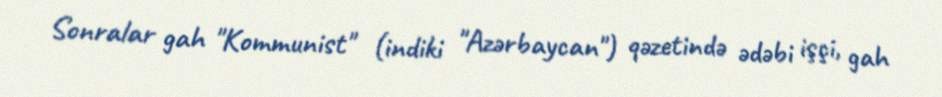
Sonralar gah "Kommunist" (indiki "Azərbaycan") qəzetində ədəbi işçi, gah